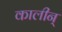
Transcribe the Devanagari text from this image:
कालीन्